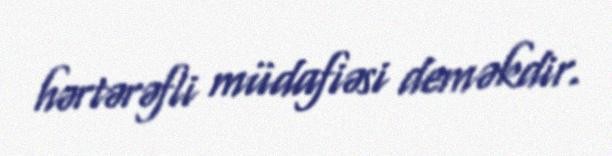
hərtərəfli müdafiəsi deməkdir.